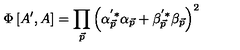
\Phi \left[ A ^ { \prime } , A \right] = \prod _ { \vec { p } } \left( \alpha _ { \vec { p } } ^ { ^ { \prime } * } \alpha _ { \vec { p } } + \beta _ { \vec { p } } ^ { ^ { \prime } * } \beta _ { \vec { p } } \right) ^ { 2 }